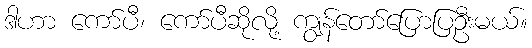
ဒါဟာ ကော်ပီ၊ ကော်ပီဆိုလို့ ကျွန်တော်ပြောပြဦးမယ်။